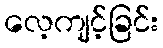
လေ့ကျင့်ခြင်း